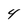
Character: 4